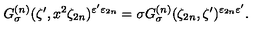
G _ { \sigma } ^ { ( n ) } ( \zeta ^ { \prime } , x ^ { 2 } \zeta _ { 2 n } ) ^ { \varepsilon ^ { \prime } \varepsilon _ { 2 n } } = \sigma G _ { \sigma } ^ { ( n ) } ( \zeta _ { 2 n } , \zeta ^ { \prime } ) ^ { \varepsilon _ { 2 n } \varepsilon ^ { \prime } } .